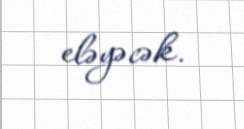
eləyəcək.